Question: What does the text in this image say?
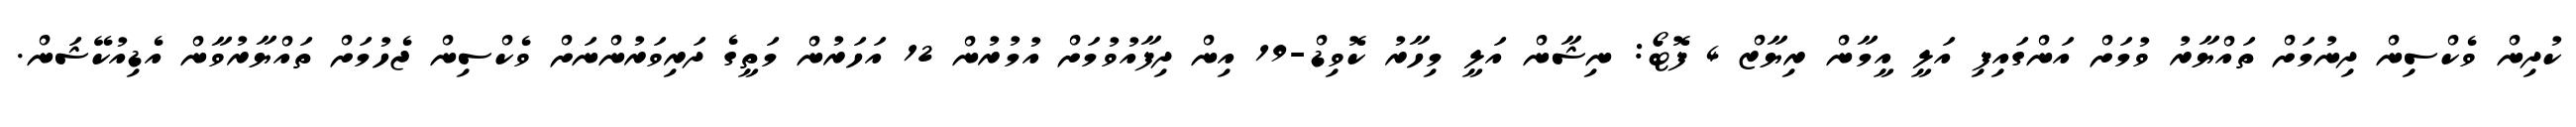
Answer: ކުދިން ވެކްސިން ދިނުމަށް ތައްޔާރު ވުމަށް އަންގައިފި އަލީ އީމާން ރިޔާޒް 4 ފޮޓޯ: ނިޝާން އަލީ މިހާރު ކޮވިޑް-19 އިން ދިފާއުވުމަށް އުމުރުން 12 އަހަރުން މަތީގެ ދަރިވަރުންނަށް ވެކްސިން ޖެހުމަށް ތައްޔާރުވާން އެޑިއުކޭޝަން.